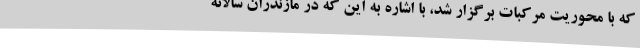
که با محوریت مرکبات برگزار شد، با اشاره به این که در مازندران سالانه